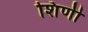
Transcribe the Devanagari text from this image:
शिर्णी